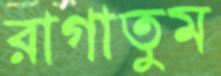
রাগাতুম